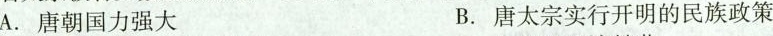
A.唐朝国力强大B.唐太宗实行开明的民族政策